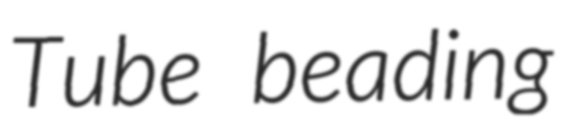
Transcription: Tube beading